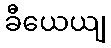
ခီယေယျ